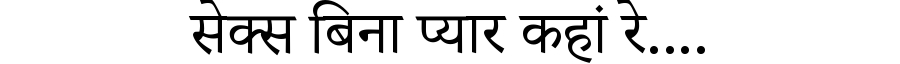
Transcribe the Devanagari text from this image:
सेक्स बिना प्यार कहां रे....